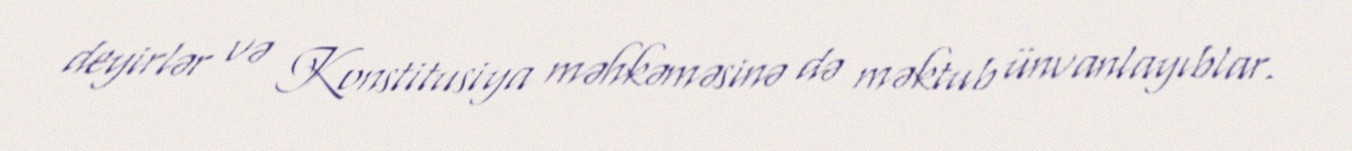
deyirlər və Konstitusiya məhkəməsinə də məktub ünvanlayıblar.